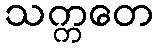
သက္ကတေ